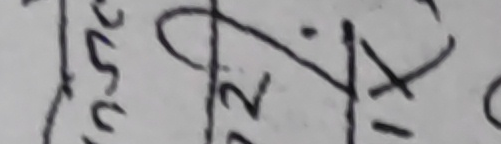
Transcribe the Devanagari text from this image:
उ ३० १/२२ । X - ०